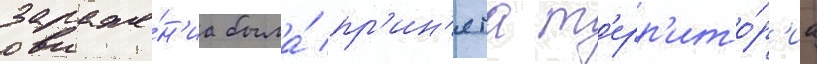
зараже́н'иа была́ пр'ин'ята т'ерр'ито́р'иа